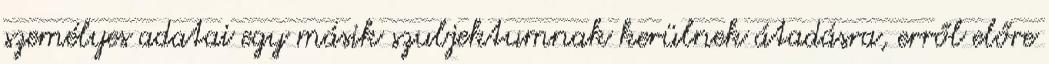
személyes adatai egy másik szubjektumnak kerülnek átadásra, erről előre